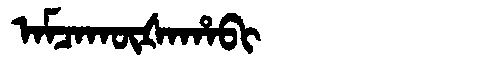
Manchu: ᠠᠮᠴᠠᡴᡡᡧᠠᡥᠠᠪᡳ
Romanization: AMCAKŪŠAHABI